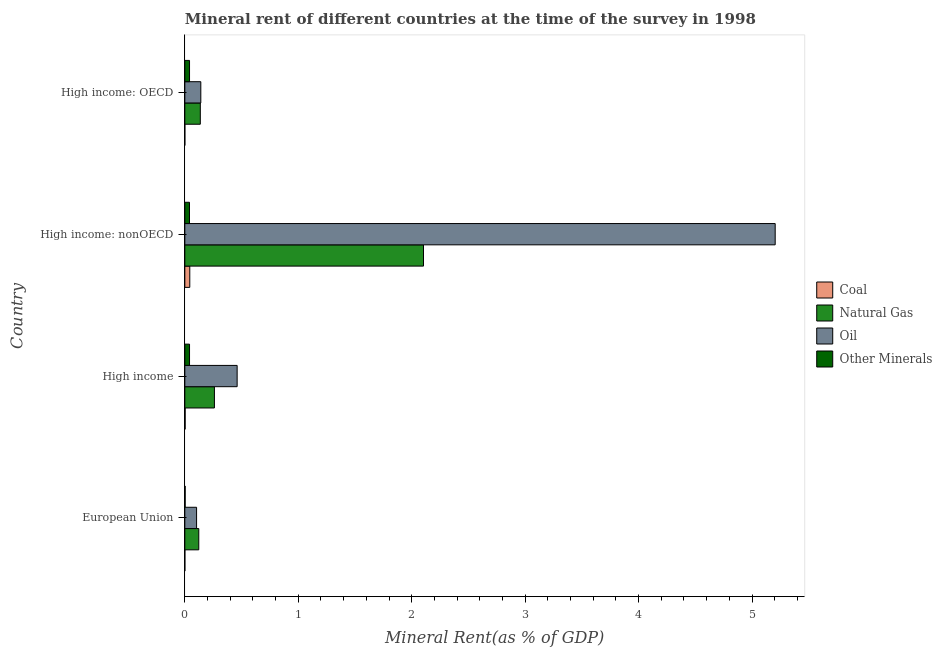
| Country | Coal | Natural Gas | Oil | Other Minerals |
 | --- | --- | --- | --- | --- |
 | European Union | 0.000157 | 0.123 | 0.104 | 0.00288 |
 | High income | 0.00282 | 0.261 | 0.461 | 0.0414 |
 | High income: nonOECD | 0.0436 | 2.1 | 5.2 | 0.0412 |
 | High income: OECD | 6.09e-05 | 0.136 | 0.141 | 0.0414 |